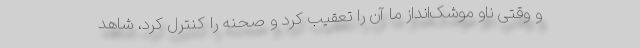
و وقتی ناو موشک‌انداز ما آن را تعقیب کرد و صحنه را کنترل کرد، شاهد